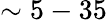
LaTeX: \sim 5-35